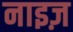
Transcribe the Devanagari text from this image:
नाइज़